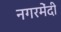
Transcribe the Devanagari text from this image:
नगरमेंदी